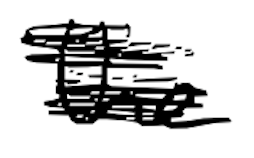
Text: the
Cross-out: scratch
Writing tool: digital_black